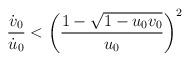
LaTeX: \begin{align*}\frac{\dot v_0}{\dot u_0}<\left( \frac{1-\sqrt{1-u_0v_0}}{u_0}\right) ^2\end{align*}